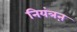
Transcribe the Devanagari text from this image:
नियंत्रऩ